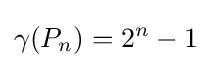
\gamma (P_{n})=2^{n}-1